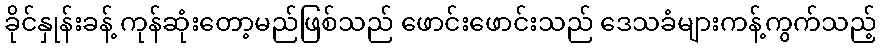
ခိုင်နှုန်းခန့် ကုန်ဆုံးတော့မည်ဖြစ်သည် ဖောင်းဖောင်းသည် ဒေသခံများကန့်ကွက်သည့်